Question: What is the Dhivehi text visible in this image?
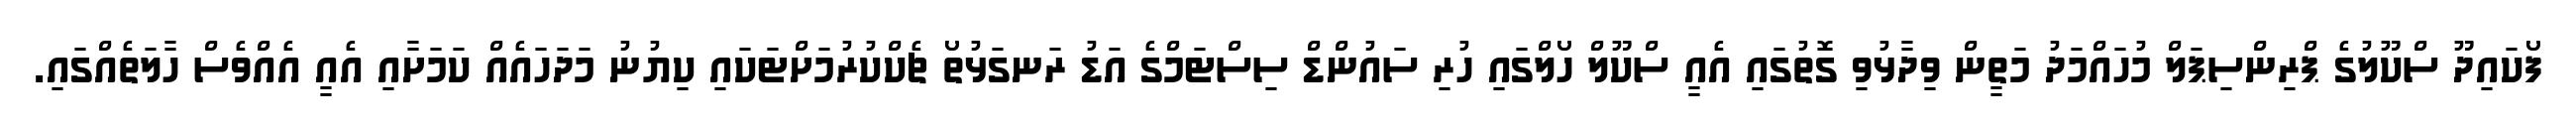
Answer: ފޯކައިދޫ ސްކޫލުގެ ޕްރިންސިޕަލް މުހައްމަދު މަތީން ވިދާޅުވި ގޮތުގައި އެއީ ސްކޫލް ހޯލްގައި ހުރި ސައުންޑް ސިސްޓަމްގެ އަޑު ރަނގަޅުތޯ ޗެކްކުރުމަށްޓަކައި ކިޔުނު މަދަހައެއް ކަމަށާއި އެއީ އެއްވެސް ހާލަތެއްގައި.